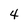
Character: 4